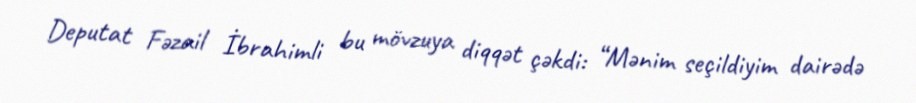
Deputat Fəzail İbrahimli bu mövzuya diqqət çəkdi: “Mənim seçildiyim dairədə